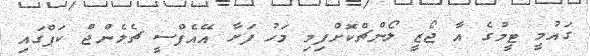
ގައުމީ ޓީމުގެ އާ ޖޯޒީ ލޯންޗްކޮށްފިމި މަހު ފަށާ އޭއެފްސީ ޗެލެންޖް ކަޕްގައި